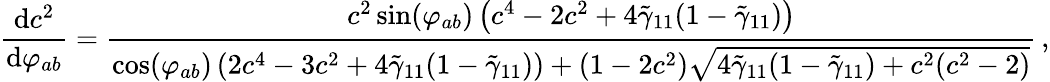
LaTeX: \frac{\mathrm{d}c^{2}}{\mathrm{d}\varphi_{ab}}=\frac{c^{2}\sin(\varphi_{ab})\left(c^{4}-2c^{2}+4\tilde{\gamma}_{11}(1-\tilde{\gamma}_{11})\right)}{\cos(\varphi_{ab})\left(2c^{4}-3c^{2}+4\tilde{\gamma}_{11}(1-\tilde{\gamma}_{11})\right)+(1-2c^{2})\sqrt{4\tilde{\gamma}_{11}(1-\tilde{\gamma}_{11})+c^{2}(c^{2}-2)}}\, ,